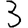
Digit: 3